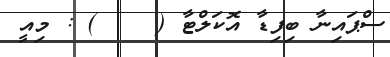
ސްޕައިނާ ބިފިޑާ އޮކަލްޓާ (    ) : މިއީ